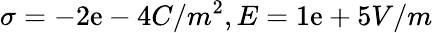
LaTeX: \sigma=-2\mathrm{e}-4C/m^{2},E=1\mathrm{e}+5V/m